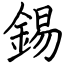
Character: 錫